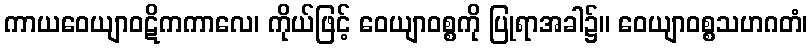
ကာယဝေယျာဝဋိကကာလေ၊ ကိုယ်ဖြင့် ဝေယျာဝစ္စကို ပြုရာအခါ၌။ ဝေယျာဝစ္စသဟဂတံ၊